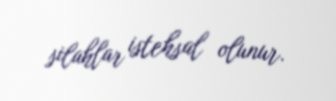
silahlar istehsal olunur.